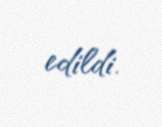
edildi.